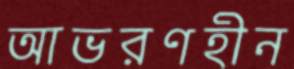
আভরণহীন